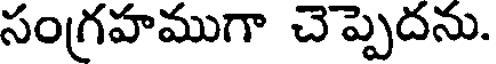
సంగ్రహముగా చెప్పెదను.